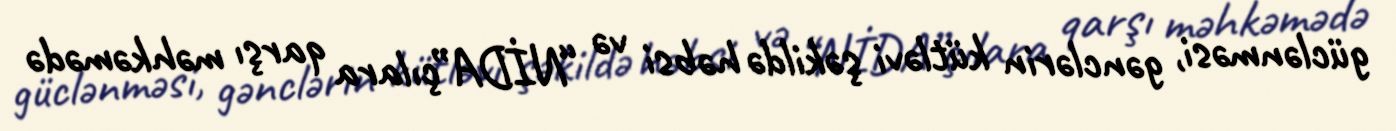
güclənməsi, gənclərin kütləvi şəkildə həbsi və “NİDA”çılara qarşı məhkəmədə